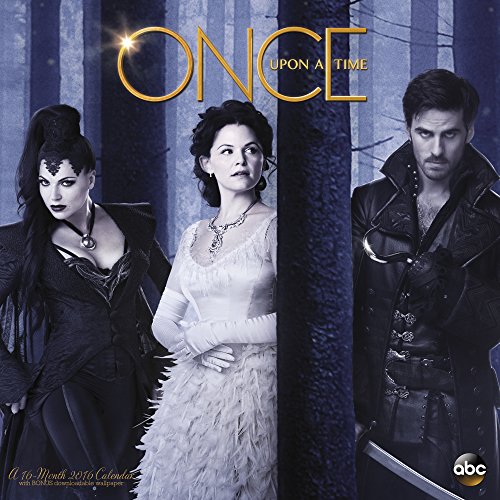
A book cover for Once Upon a Time Wall Calendar (2016); Day Dream; Calendars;